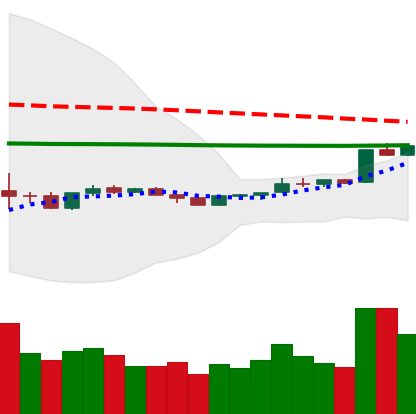
Ticker: ETH-USD
Chart end date: 2020-04-08
Forward return: -9.477%
Label: down_7plus